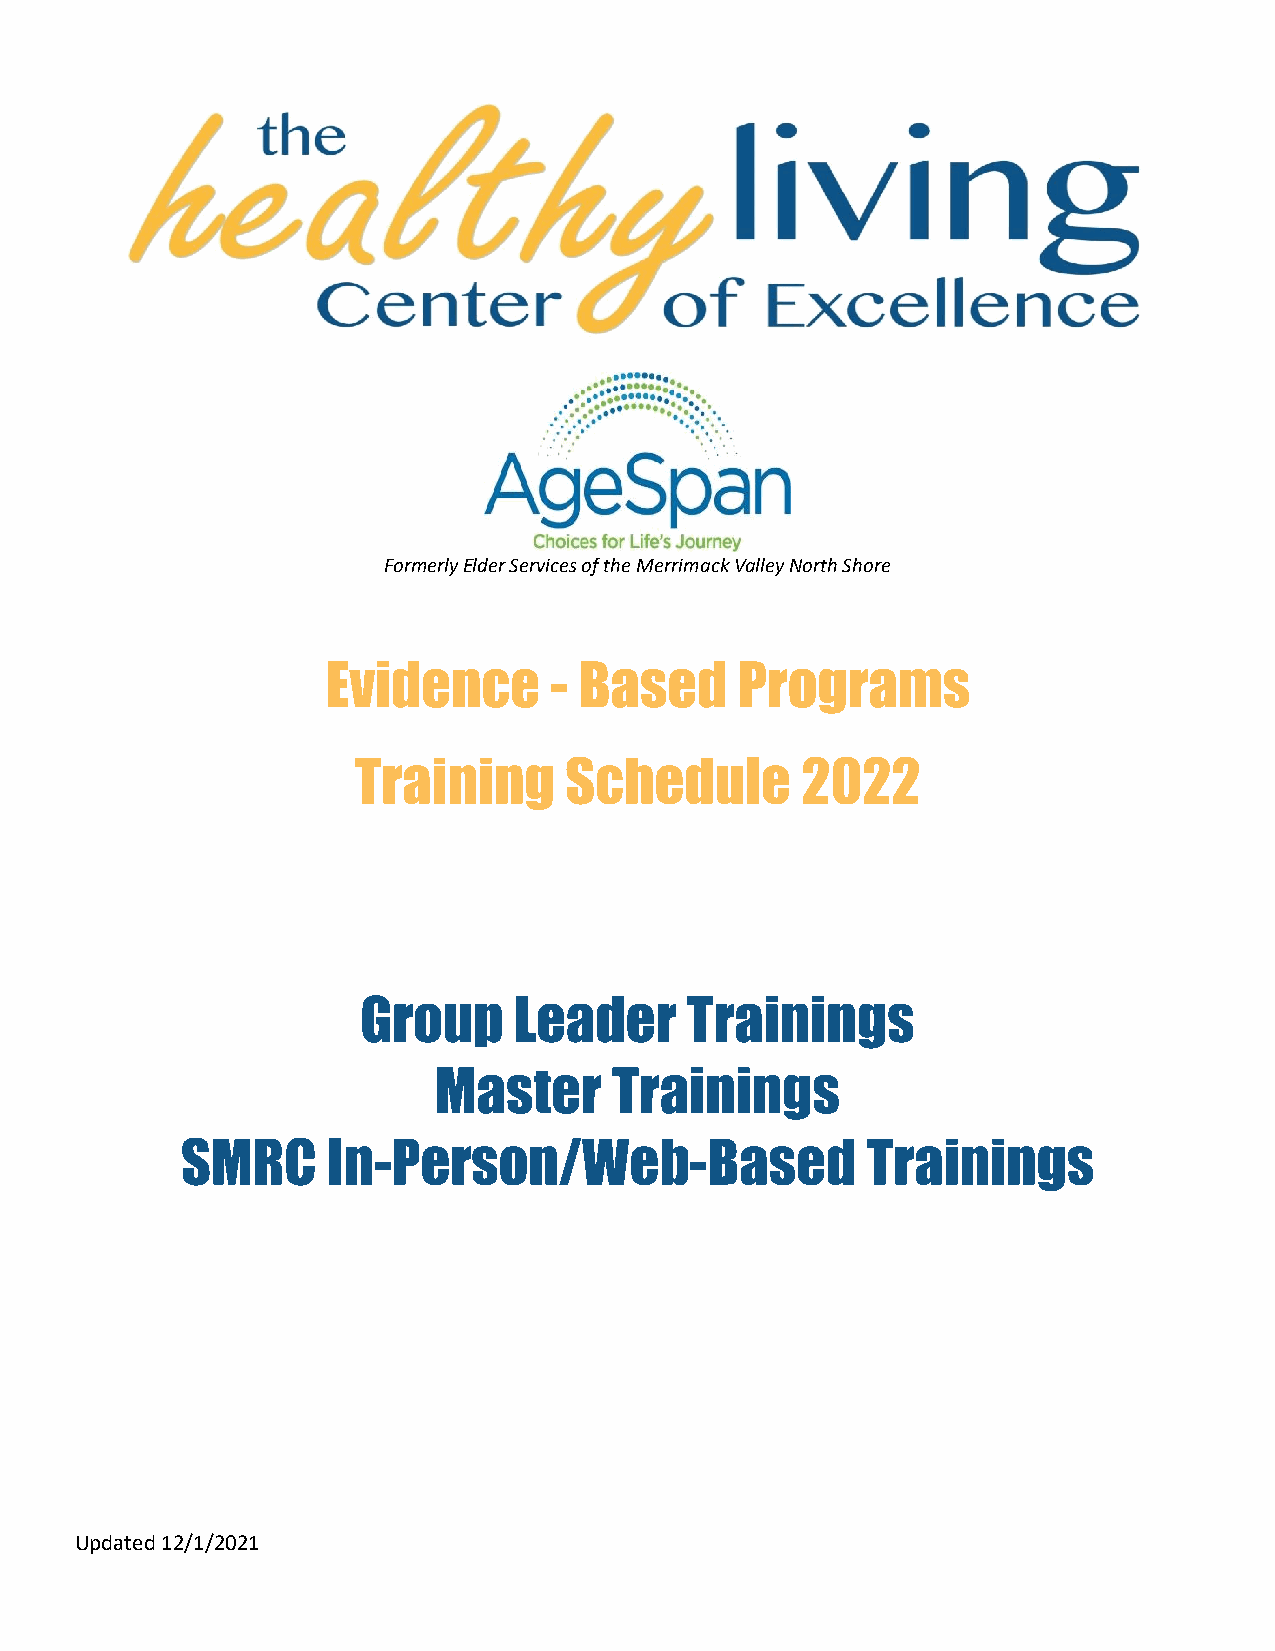
Formerly Elder Services of the Merrimack Valley North Shore
 Evidence      - Based      Programs
 Training      Schedule        2022
 Group     Leader     Trainings
 Master      Trainings
 SMRC      In-Person/Web-Based                Trainings
 Updated 12/1/2021